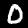
Digit: 0